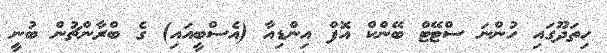
ހިތަދޫގައި ހުންނަ ސްޓޭޓް ބޭންކް އޮފް އިންޑިއާ (އެސްބީއައި) ގެ ބްރާންޗުން ބުނީ